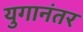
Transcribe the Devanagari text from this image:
युगानंतर